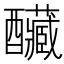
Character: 𨤃